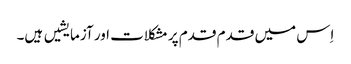
اِس میں قدم قدم پر مشکلات اور آزمایشیں ہیں۔